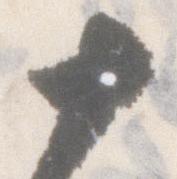
十